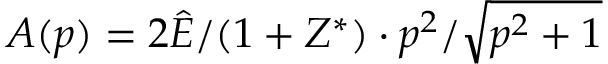
A ( p ) = 2 \hat { E } / ( 1 + Z ^ { * } ) \cdot p ^ { 2 } / \sqrt { p ^ { 2 } + 1 }